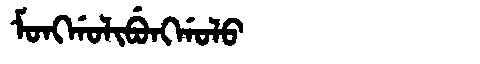
Manchu: ᠮᠣᠩᡤᠣᠯᡳᠪᡠᠩᡤᠣᠯᠣ
Romanization: MONGGOLIBUNGGOLO